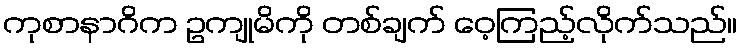
ကုစာနာဂိက ဥကျုမိကို တစ်ချက် ဝေ့ကြည့်လိုက်သည်။